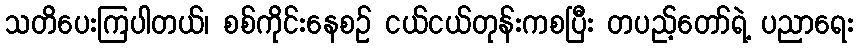
သတိပေးကြပါတယ်၊ စစ်ကိုင်းနေစဉ် ငယ်ငယ်တုန်းကစပြီး တပည့်တော်ရဲ့ ပညာရေး